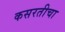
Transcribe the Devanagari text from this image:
कसरतीचा